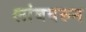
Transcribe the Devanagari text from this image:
लांबवरुन